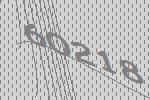
60218